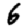
Digit: 6